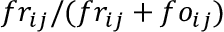
f r _ { i j } / ( f r _ { i j } + f o _ { i j } )